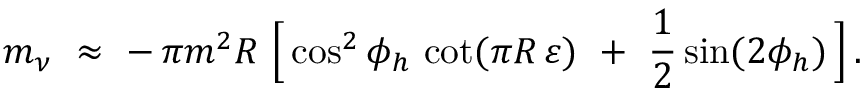
m _ { \nu } \ \approx \ - \, \pi m ^ { 2 } R \ \Big [ \cos ^ { 2 } \phi _ { h } \, \cot ( \pi R \, \varepsilon ) \ + \ \frac { 1 } { 2 } \sin ( 2 \phi _ { h } ) \, \Big ] \, .